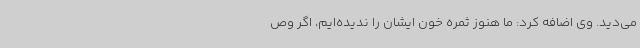
می‌دید. وی اضافه کرد: ما هنوز ثمره خون ایشان را ندیده‌ایم، اگر وص